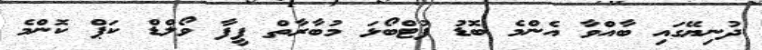
ދުނިޔޭގައި ބާއްވާ އެންމެ ބޮޑު ފުޓްބޯޅަ މުބާރާތް ފީފާ ވޯލްޑް ކަޕް ކޮންމެ